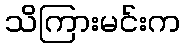
သိကြားမင်းက